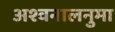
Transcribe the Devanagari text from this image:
अश्वनालनुमा